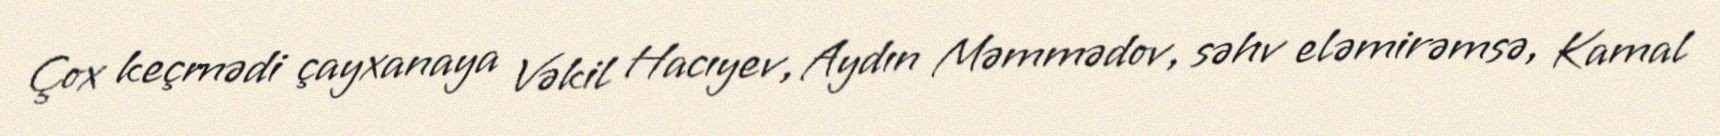
Çox keçmədi çayxanaya Vəkil Hacıyev, Aydın Məmmədov, səhv eləmirəmsə, Kamal